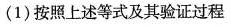
(1)按照上述等式及其验证过程